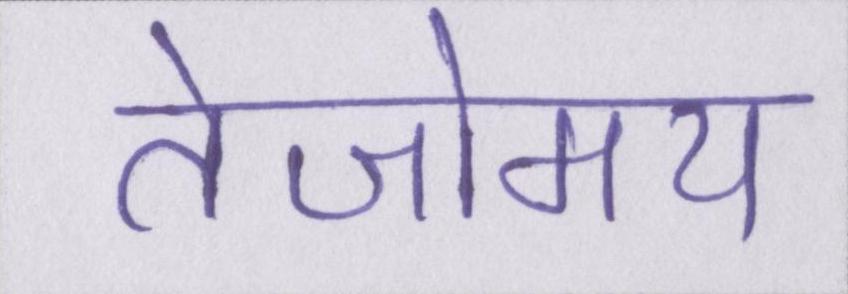
तेजोमय